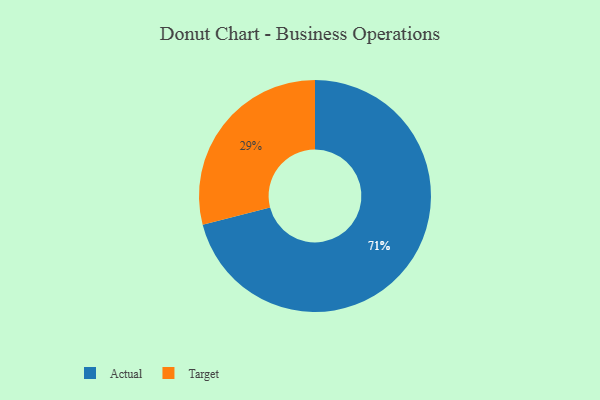
{"axis": {"x": "Category", "y": "Percentage"}, "legend": ["Actual", "Target"], "data": [{"x": "Target", "y": 29, "type": "Target"}, {"x": "Actual", "y": 71, "type": "Actual"}]}